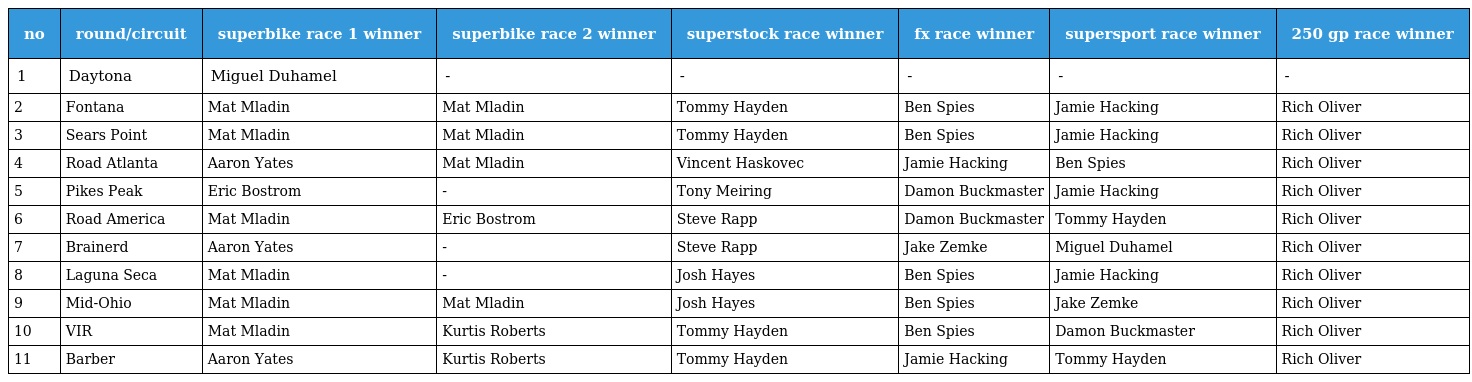
| no | round/circuit | superbike race 1 winner | superbike race 2 winner | superstock race winner | fx race winner | supersport race winner | 250 gp race winner |
 | --- | --- | --- | --- | --- | --- | --- | --- |
 | 1 | Daytona | Miguel Duhamel | - | - | - | - | - |
 | 2 | Fontana | Mat Mladin | Mat Mladin | Tommy Hayden | Ben Spies | Jamie Hacking | Rich Oliver |
 | 3 | Sears Point | Mat Mladin | Mat Mladin | Tommy Hayden | Ben Spies | Jamie Hacking | Rich Oliver |
 | 4 | Road Atlanta | Aaron Yates | Mat Mladin | Vincent Haskovec | Jamie Hacking | Ben Spies | Rich Oliver |
 | 5 | Pikes Peak | Eric Bostrom | - | Tony Meiring | Damon Buckmaster | Jamie Hacking | Rich Oliver |
 | 6 | Road America | Mat Mladin | Eric Bostrom | Steve Rapp | Damon Buckmaster | Tommy Hayden | Rich Oliver |
 | 7 | Brainerd | Aaron Yates | - | Steve Rapp | Jake Zemke | Miguel Duhamel | Rich Oliver |
 | 8 | Laguna Seca | Mat Mladin | - | Josh Hayes | Ben Spies | Jamie Hacking | Rich Oliver |
 | 9 | Mid-Ohio | Mat Mladin | Mat Mladin | Josh Hayes | Ben Spies | Jake Zemke | Rich Oliver |
 | 10 | VIR | Mat Mladin | Kurtis Roberts | Tommy Hayden | Ben Spies | Damon Buckmaster | Rich Oliver |
 | 11 | Barber | Aaron Yates | Kurtis Roberts | Tommy Hayden | Jamie Hacking | Tommy Hayden | Rich Oliver |